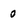
Character: 0